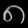
Digit: ၈